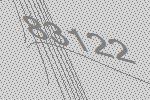
83122